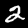
Label: 2